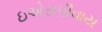
ઇએસપીવાય